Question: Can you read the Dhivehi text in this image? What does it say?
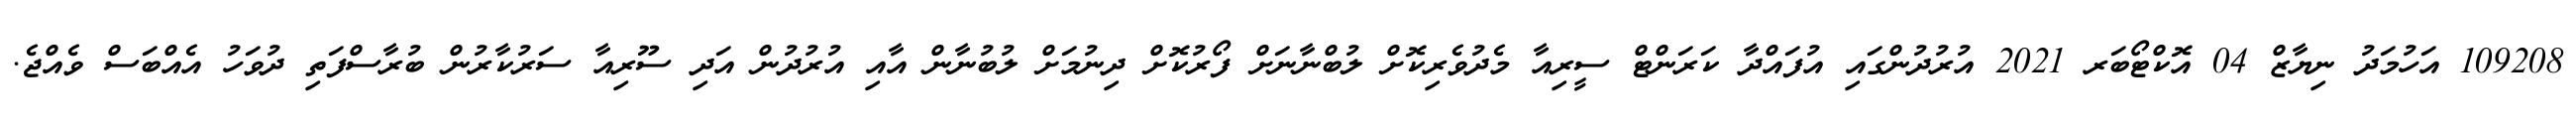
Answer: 109208 އަހުމަދު ނިޔާޒް 04 އޮކްޓޯބަރ 2021 އުރުދުންގައި އުފައްދާ ކަރަންޓް ސީރިއާ މެދުވެރިކޮށް ލުބްނާނަށް ފޯރުކޮށް ދިނުމަށް ލުބުނާން އާއި އުރުދުން އަދި ސޫރިއާ ސަރުކާރުން ބުރާސްފަތި ދުވަހު އެއްބަސް ވެއްޖެ.